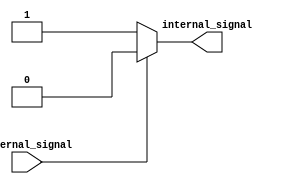
module ECL_buffer (
    input wire external_signal,
    output reg internal_signal
);

// ECL buffer implementation using Verilog
always @ (external_signal)
begin
    if (external_signal == 1'b1)
        internal_signal <= 1'b0;
    else
        internal_signal <= 1'b1;
end

endmodule